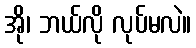
အို၊ ဘယ်လို လုပ်မလဲ။